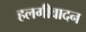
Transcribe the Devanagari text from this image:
हलगीवादन